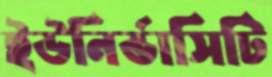
ইউনির্ভাসিটি